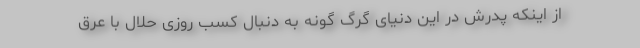
از اینکه پدرش در این دنیای گرگ گونه به دنبال کسب روزی حلال با عرق